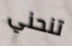
تنحني